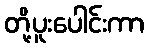
တို့ပူးပေါင်းကာ